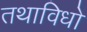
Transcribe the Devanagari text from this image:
तथाविधो